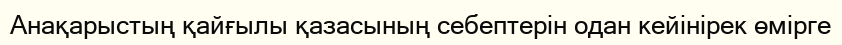
Анақарыстың қайғылы қазасының себептерін одан кейінірек өмірге